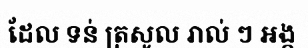
ដែល ទន់ ត្រសូល រាល់ ៗ អង្គ